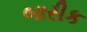
બારીક